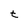
Character: t